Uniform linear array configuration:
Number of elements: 32
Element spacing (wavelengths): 0.25
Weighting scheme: kaiser
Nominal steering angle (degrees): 0
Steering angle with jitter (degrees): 0.05022
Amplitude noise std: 0.05
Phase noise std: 0.05

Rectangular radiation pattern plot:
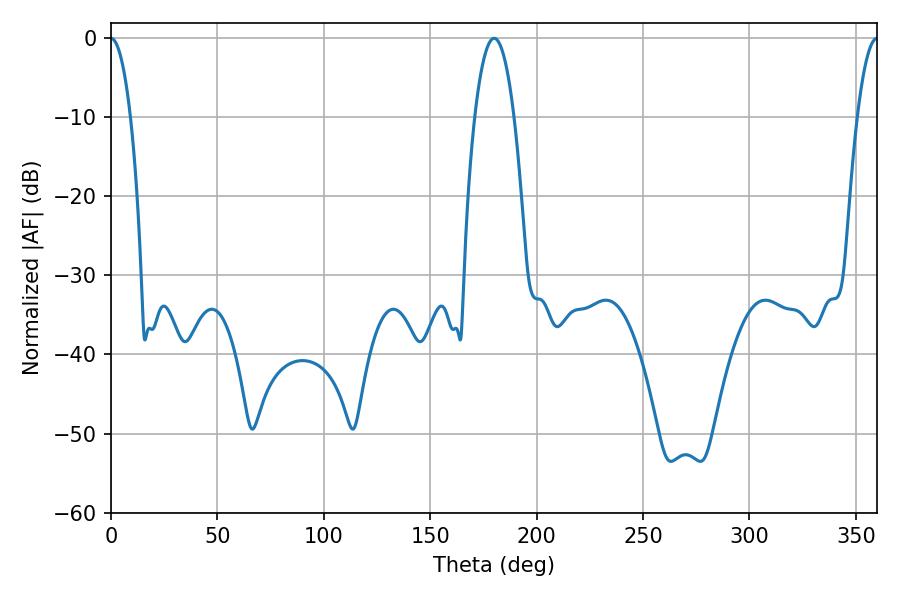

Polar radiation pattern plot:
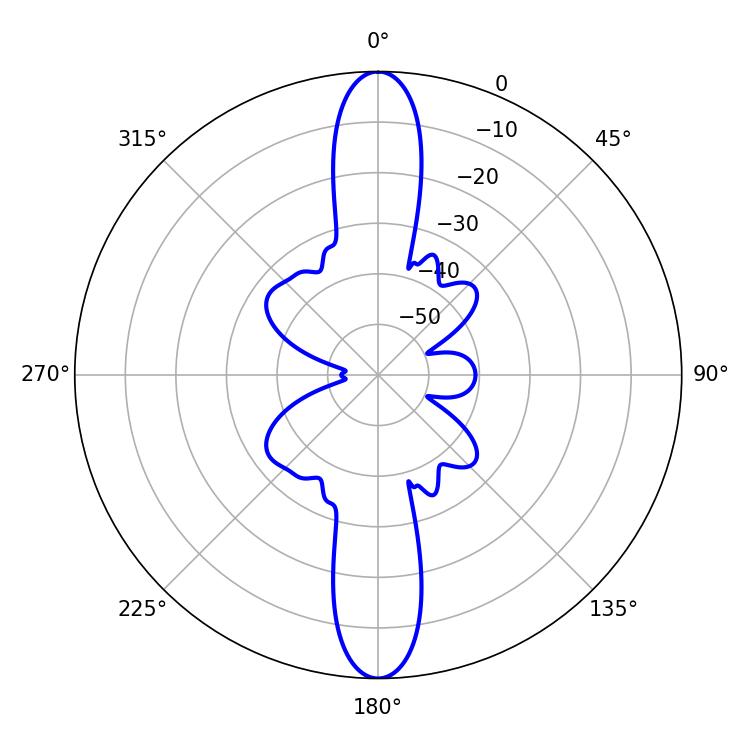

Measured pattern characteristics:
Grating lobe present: FALSE
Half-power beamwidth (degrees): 5.22
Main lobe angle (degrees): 360